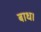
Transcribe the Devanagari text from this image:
बाध।